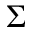
\Sigma